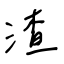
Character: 渣